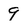
Character: 9